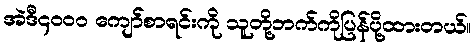
အဲဒီ၄၀၀၀ ကျော်စာရင်းကို သူတို့ဘက်ကိုပြန်ပို့ထားတယ်။